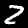
Label: 2